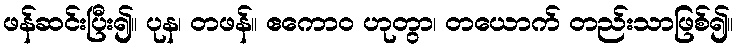
ဖန်ဆင်းပြီး၍။ ပုန၊ တဖန်။ ဧကောဝ ဟုတွာ၊ တယောက် တည်းသာဖြစ်၍။